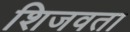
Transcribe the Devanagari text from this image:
शिजवता